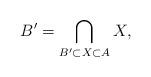
LaTeX: \begin{align*}B' = \bigcap_{B' \subset X \subset A} X,\end{align*}